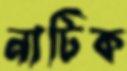
নাটিক